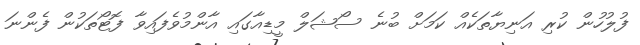
ފުލުހުން ކުރި އަނިޔާތަކެއް ކަމަށް ބުނެ ސޯޝަލް މީޑިއާގައި އާންމުވެފައިވާ ފޮޓޯތަކުން ފެންނަ